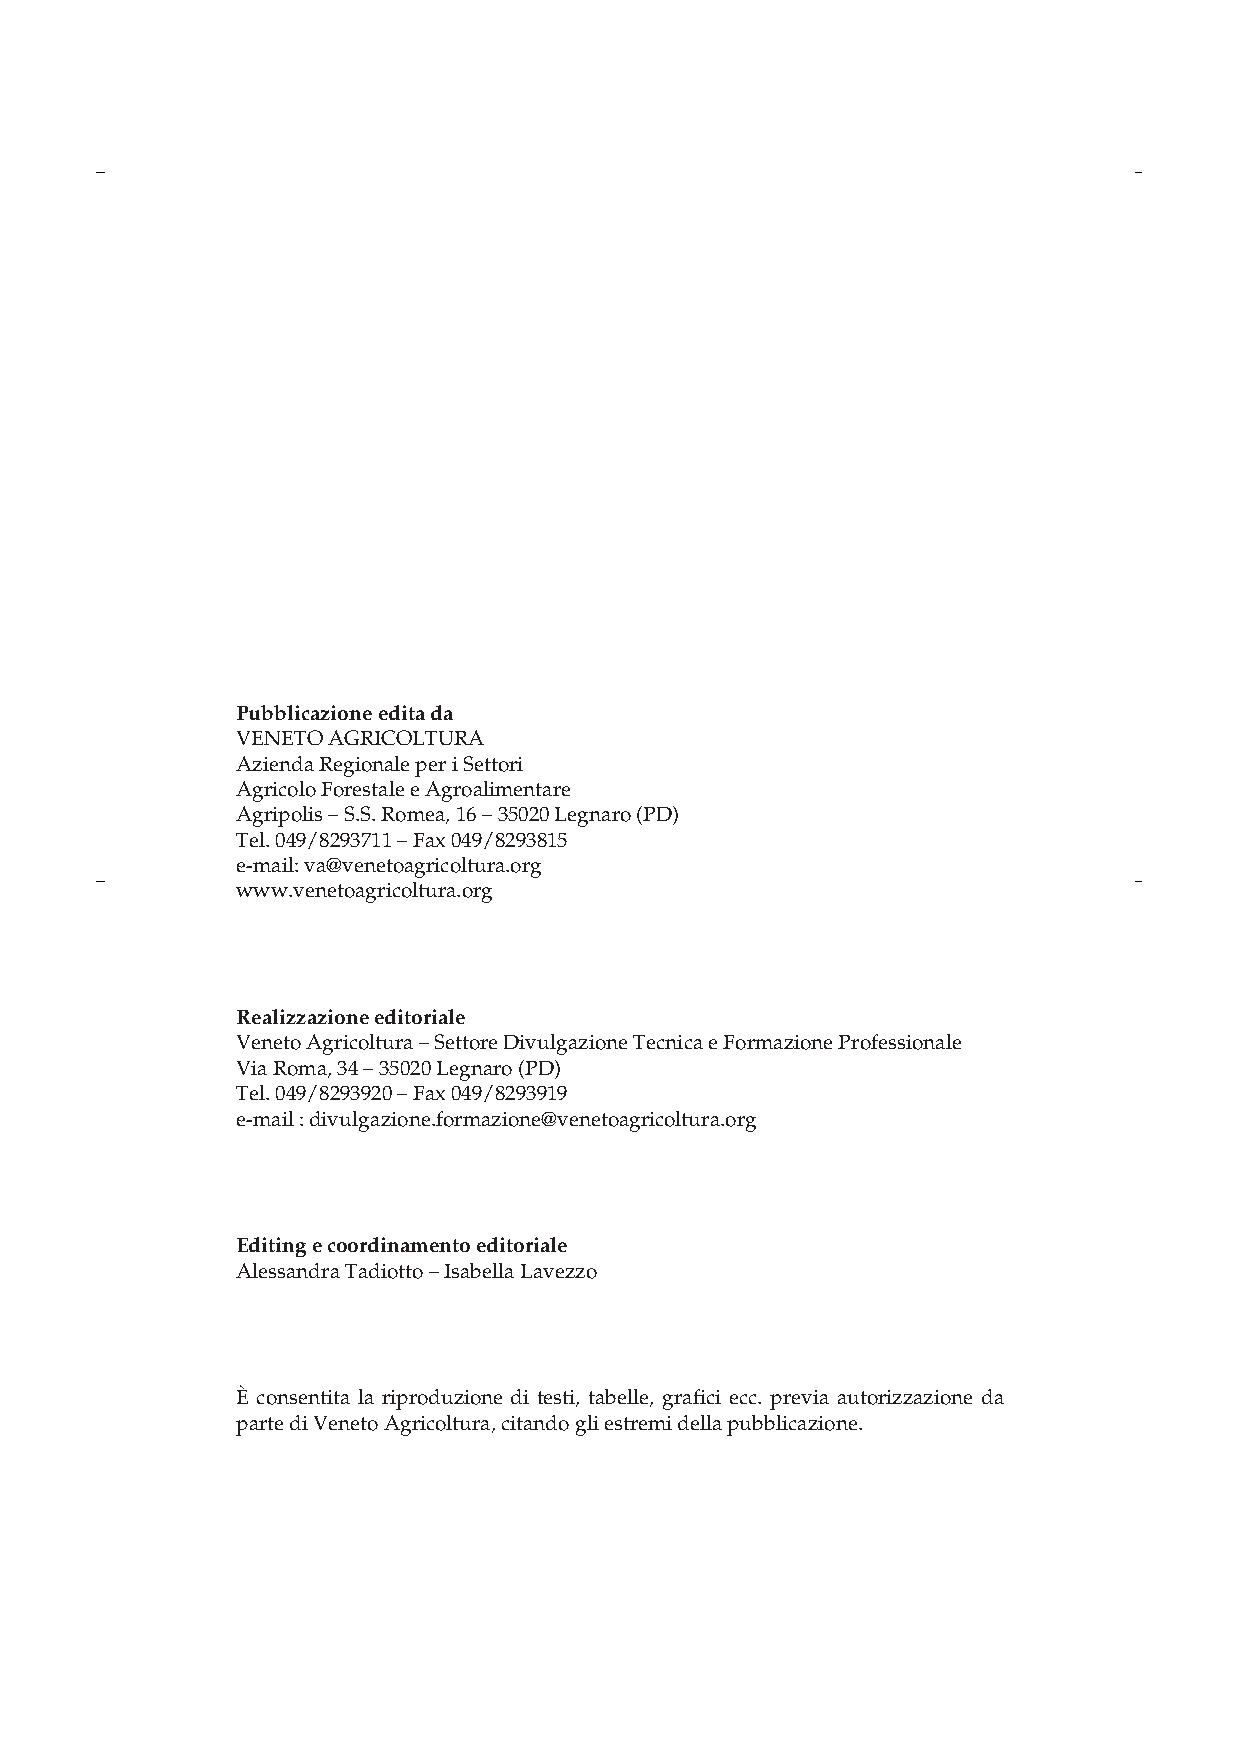
Pubblicazione edita da
 VENETO AGRICOLTURA
 Azienda Regionale per i Settori
 Agricolo Forestale e Agroalimentare
 Agripolis – S.S. Romea, 16 – 35020 Legnaro (PD)
 Tel. 049/8293711 – Fax 049/8293815
 e-mail: va@venetoagricoltura.org
 www.venetoagricoltura.org
 Realizzazione editoriale
 Veneto Agricoltura – Settore Divulgazione Tecnica e Formazione Professionale
 Via Roma, 34 – 35020 Legnaro (PD)
 Tel. 049/8293920 – Fax 049/8293919
 e-mail : divulgazione.formazione@venetoagricoltura.org
 Editing e coordinamento editoriale
 Alessandra Tadiotto – Isabella Lavezzo
 È consentita la riproduzione di testi, tabelle, grafici ecc. previa autorizzazione da
 parte di Veneto Agricoltura, citando gli estremi della pubblicazione.